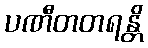
ပဏီတတရန္တိ